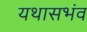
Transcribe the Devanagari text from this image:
यथासभंव